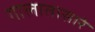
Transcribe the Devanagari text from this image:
गालातासारे